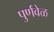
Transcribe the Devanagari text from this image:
पुर्णवेळ